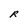
Character: R